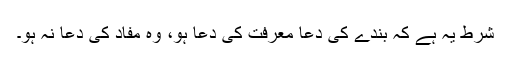
شرط یہ ہے کہ بندے کی دعا معرفت کی دعا ہو، وہ مفاد کی دعا نہ ہو۔